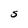
Character: S